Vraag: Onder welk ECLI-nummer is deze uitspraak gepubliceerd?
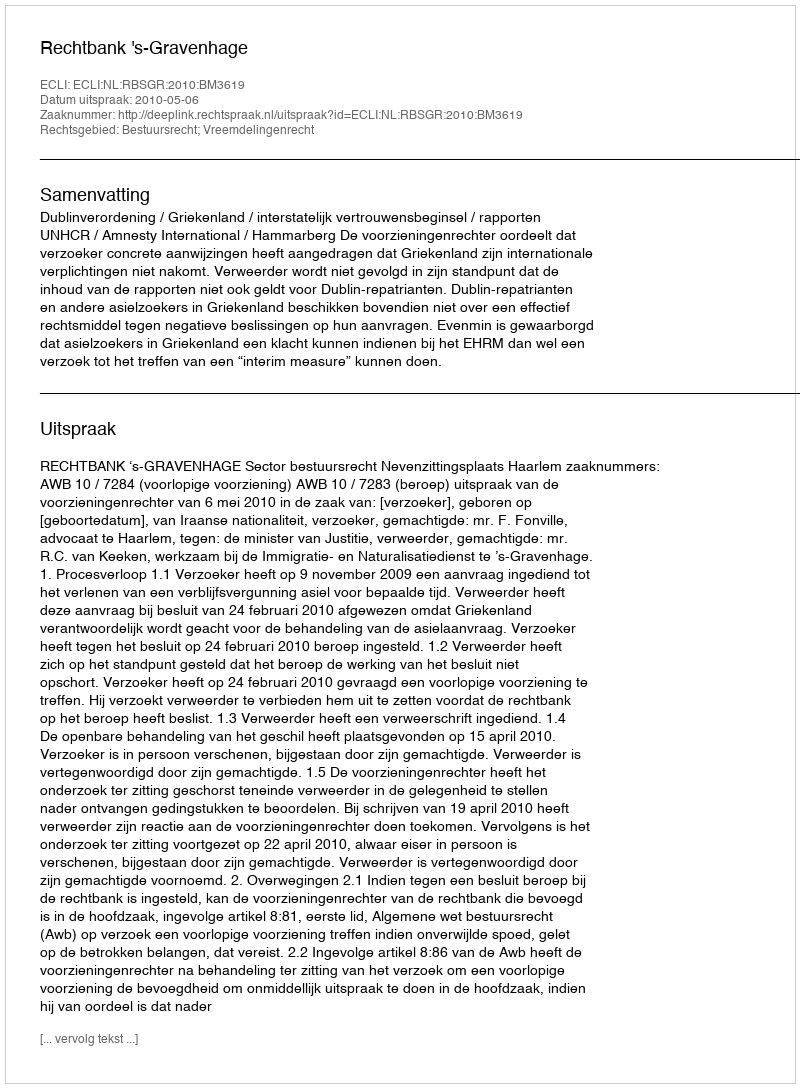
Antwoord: ECLI:NL:RBSGR:2010:BM3619